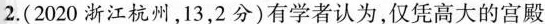
2.（2020 浙江杭州，13,2分）有学者认为，仅凭高大的宫殿